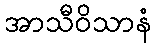
အာသီဝိသာနံ